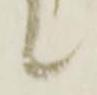
候